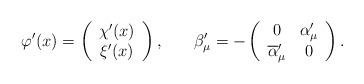
LaTeX: \begin{align*}\varphi ^{\prime }(x)=\left(\begin{array}{c}\chi ^{\prime }(x) \\\xi ^{\prime }(x)\end{array}\right) ,\hspace{0.3in}\beta _\mu ^{\prime }=-\left(\begin{array}{cc}0 & \alpha _\mu ^{\prime } \\\overline{\alpha }_\mu ^{\prime } & 0\end{array}\right) . \end{align*}